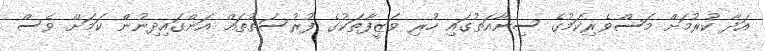
އަދާ ކުރުމަށް މަސްވެރިކަމުގެ ސިނާއަތުގައި ހުރި ވަޒީފާތަކުގެ ފުރުސަތުތައް އަންގައިދިނުން ކަމަށް ވެސް